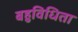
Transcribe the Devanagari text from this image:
बहुविधिता